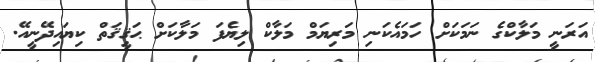
އަރަނީ މަލާކްގެ ނަމަކަށް ހަމައެކަނި މަރިޔަމް މަލާކް ލިޔެފަ މަލާކަށް ޙަޤީޤަތް ކިޔައިދޭނީއޭ.